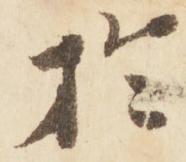
於